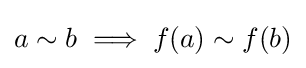
a\sim b\implies f(a)\sim f(b)